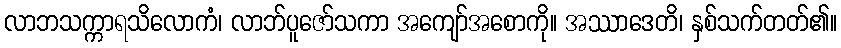
လာဘသက္ကာရသိလောကံ၊ လာဘ်ပူဇော်သကာ အကျော်အစောကို။ အဿာဒေတိ၊ နှစ်သက်တတ်၏။